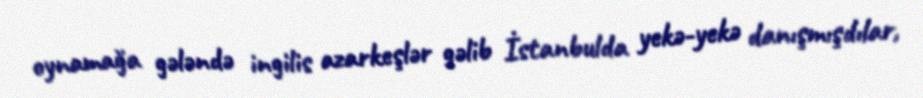
oynamağa gələndə ingilis azarkeşlər gəlib İstanbulda yekə-yekə danışmışdılar,